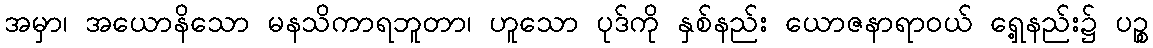
အမှာ၊ အယောနိသော မနသိကာရဘူတာ၊ ဟူသော ပုဒ်ကို နှစ်နည်း ယောဇနာရာဝယ် ရှေ့နည်း၌ ပဉ္စ